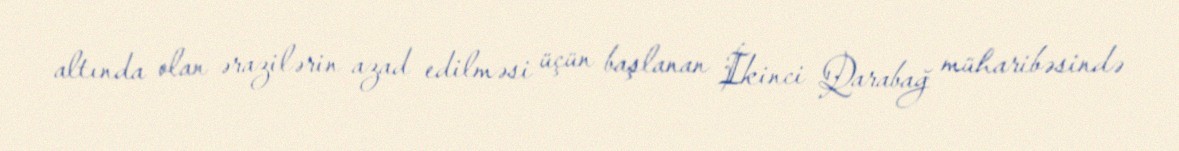
altında olan ərazilərin azad edilməsi üçün başlanan İkinci Qarabağ müharibəsində